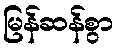
မြန်ဆန်စွာ